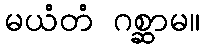
မယံတံ ဂစ္ဆာမ။